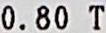
0.80 T